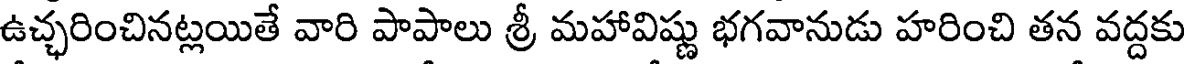
ఉచ్చరించినట్లయితే వారి పాపాలు శ్రీ మహావిష్ణు భగవానుడు హరించి తన వద్దకు